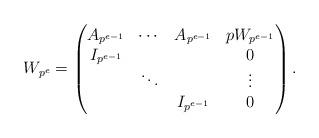
LaTeX: \begin{align*} W_{p^e} = \begin{pmatrix} A_{p^{e-1}} & \cdots & A_{p^{e-1}} & pW_{p^{e-1}} \\I_{p^{e-1}} & & & 0 \\ &\ddots & & \vdots \\ & & I_{p^{e-1}} & 0 \end{pmatrix}.\end{align*}